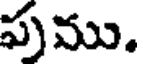
పుము.